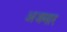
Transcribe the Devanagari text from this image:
अजमार